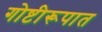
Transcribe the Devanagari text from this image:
गोष्टीरूपात